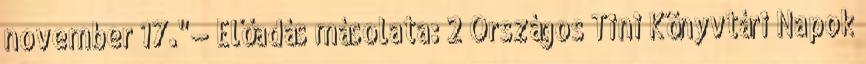
november 17."— Előadás másolata: 2 Országos Tini Könyvtári Napok